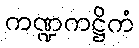
ကဏ္ဍကဋ္ဌိကံ